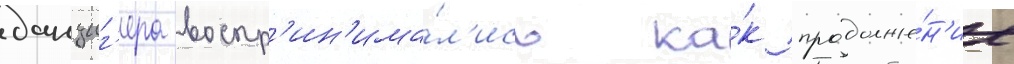
данциг'ера воспр'ин'има́л'ись ка́к продолже́н'ие